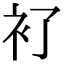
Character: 𧘈